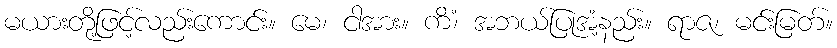
မယားတို့ဖြင့်လည်းကောင်း။ မေ၊ ငါအား။ ကိံ၊ အဘယ်ပြုအံ့နည်း။ ရာဇ၊ မင်းမြတ်။